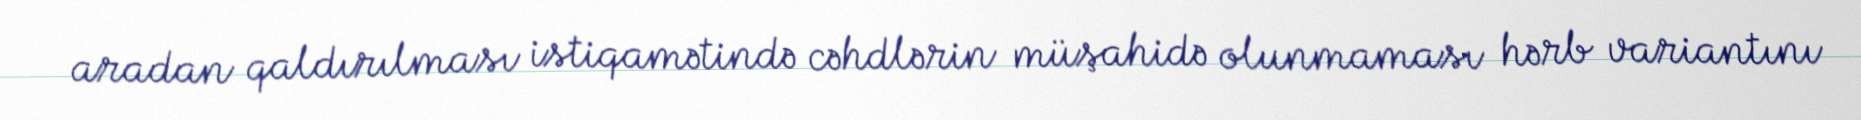
aradan qaldırılması istiqamətində cəhdlərin müşahidə olunmaması hərb variantını